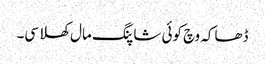
ڈھاکہ وچ کوئی شاپنگ مال کھلا سی۔